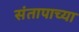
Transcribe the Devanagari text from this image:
संतापाच्या